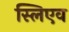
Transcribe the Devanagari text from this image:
स्लिएव